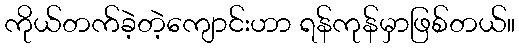
ကိုယ်တက်ခဲ့တဲ့ကျောင်းဟာ ရန်ကုန်မှာဖြစ်တယ်။